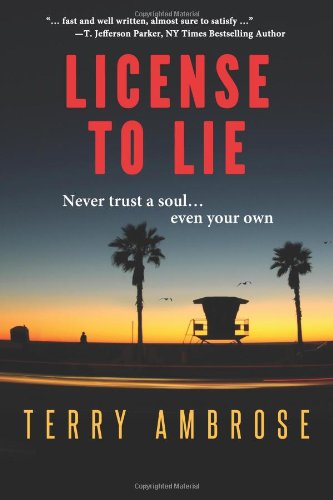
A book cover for License to Lie; Terry Ambrose; Mystery, Thriller & Suspense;